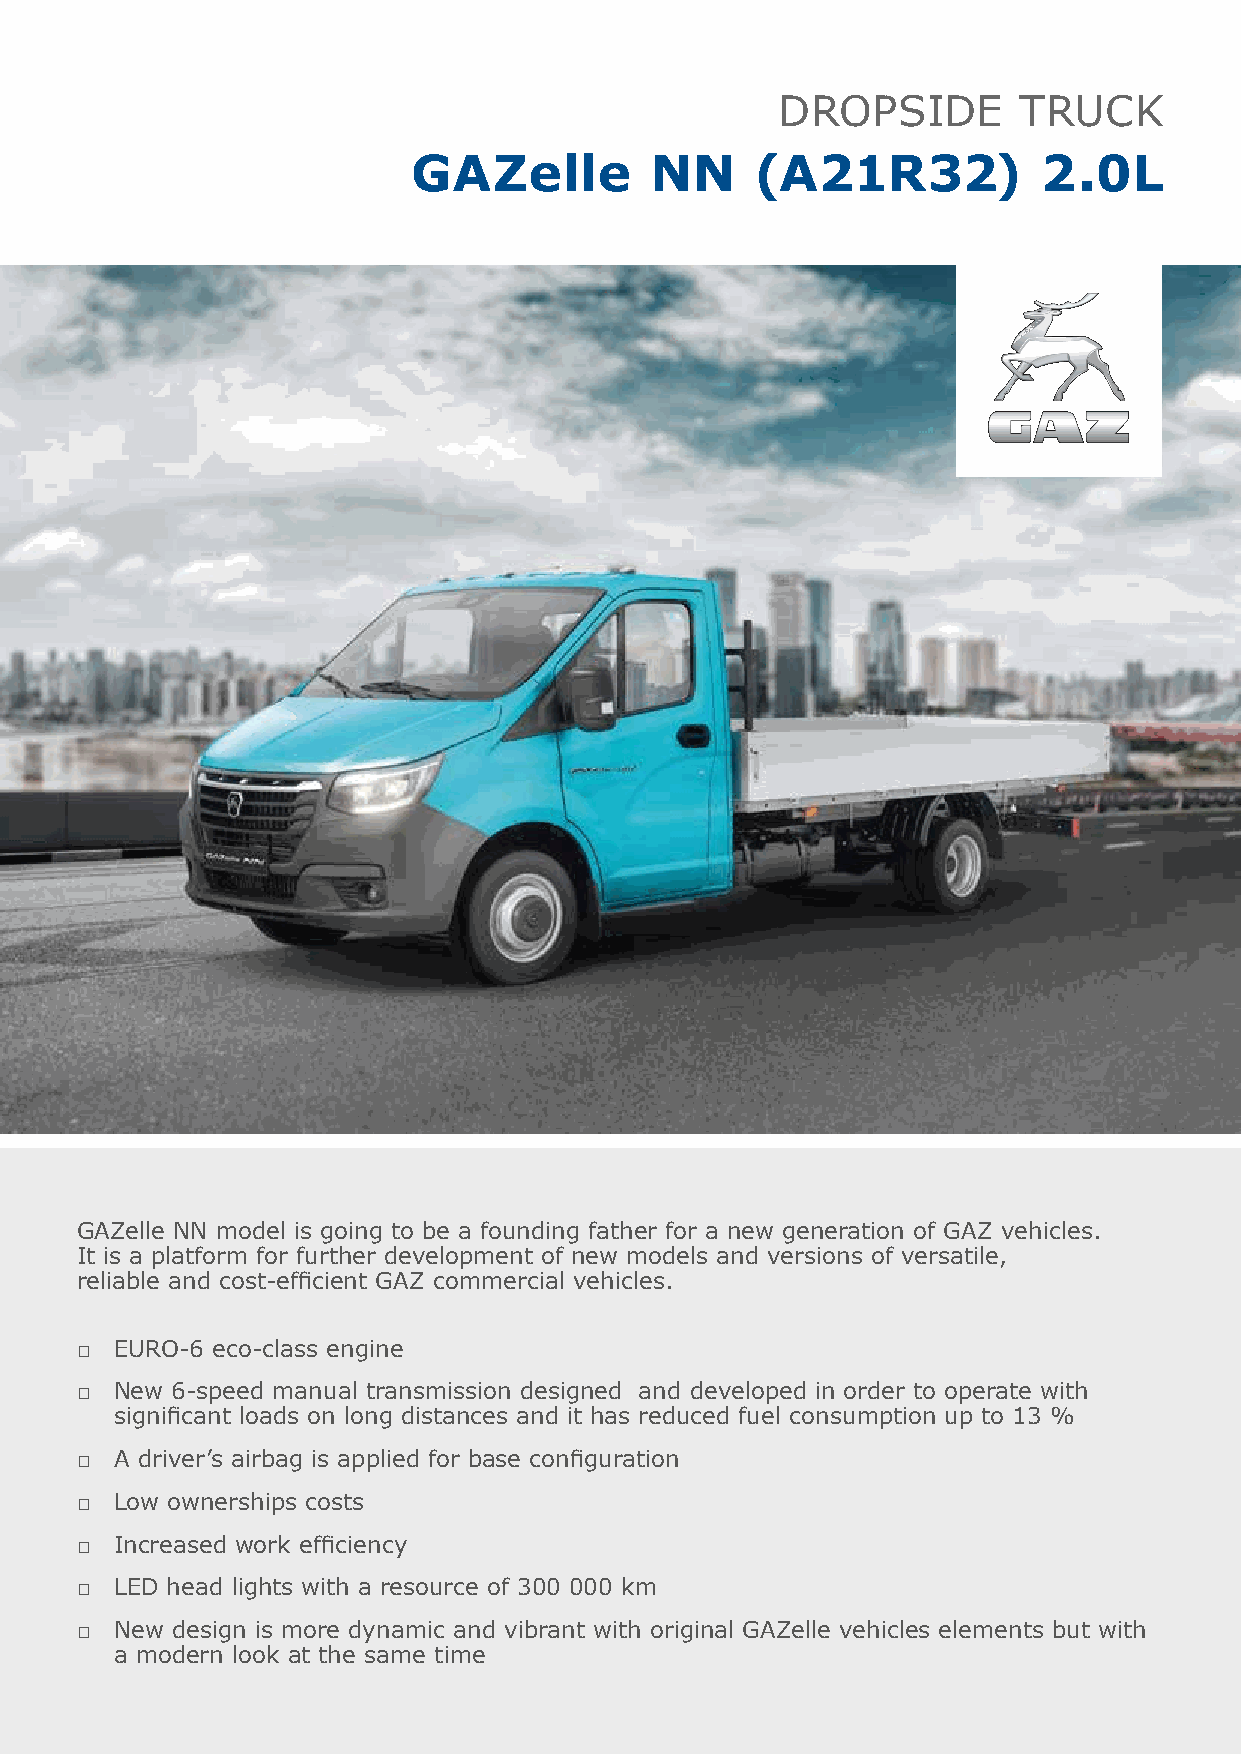
DROPSIDE        TRUCK
 GAZelle         NN     (A21R32)           2.0L
 GAZelle NN model is going to be a founding father for a new generation of GAZ vehicles.
 It is a platform for further development of new models and versions of versatile,
 reliable and cost-efficient GAZ commercial vehicles.
 □  EURO-6 eco-class engine
 □  New 6-speed manual transmission designed and developed in order to operate with
 significant loads on long distances and it has reduced fuel consumption up to 13 %
 □  A driver’s airbag is applied for base configuration
 □  Low ownerships costs
 □  Increased work efficiency
 □  LED head lights with a resource of 300 000 km
 □  New design is more dynamic and vibrant with original GAZelle vehicles elements but with
 a modern look at the same time